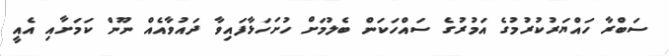
ސަބްރާ ހައްޔަރުކުރުމުގެ އަމުރުގެ ސައްހަކަން ބެލުމަށް ހުށަހަޅާފައިވާ ދައުވާއެއް ނޫން ކަމަށާއި އެއީ